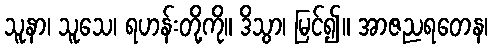
သူနာ၊ သူသေ၊ ရဟန်းတို့ကို။ ဒိသွာ၊ မြင်၍။ အာဇညရတေန၊